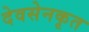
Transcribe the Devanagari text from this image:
देवसेनकृत